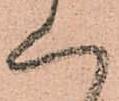
く